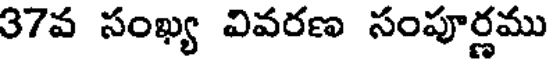
37వ సంఖ్య వివరణ సంపూర్ణము